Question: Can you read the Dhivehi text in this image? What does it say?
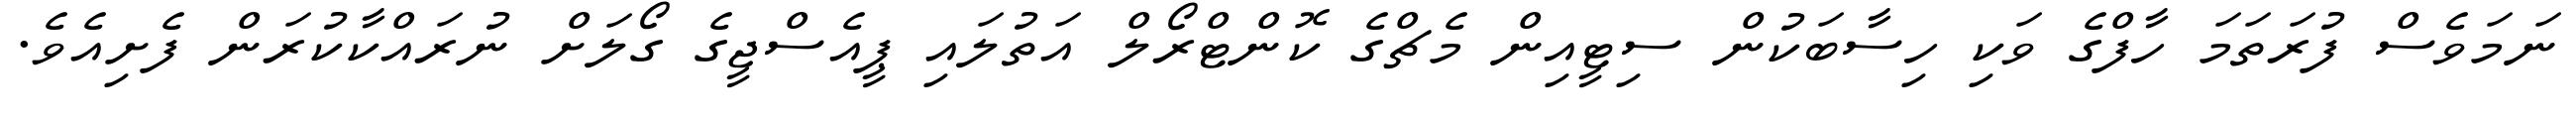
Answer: ނަމަވެސް ފުރަތަމަ ހާފްގެ ވަކި ހިސާބަކުން ސިޓީއިން މެޗްގެ ކޮންޓްރޯލް އަތުލައި ޕީއެސްޖީގެ ގޯލަށް ނުރައްކާކުރަން ފެށިއެވެ.